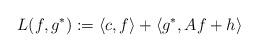
LaTeX: \begin{align*}L(f, g^*):= \langle c, f\rangle + \langle g^*, Af + h\rangle\end{align*}